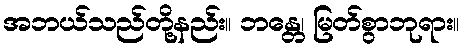
အဘယ်သည်တို့နည်း။ ဘန္တေ၊ မြတ်စွာဘုရား။